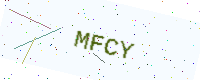
Text: MFCY